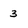
Character: 3